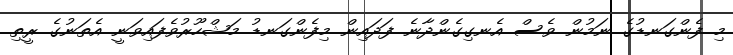
މި ފެންގަނޑުގެ ނަމުން ވެސް އެނގިގެންދާނެ ފަދައިން މިފެންގަނޑު މަޝްހޫރުވެފައިވަނީ އެތަނުގެ ރީތި